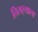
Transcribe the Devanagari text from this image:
तिसर्‍याला